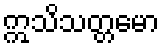
ဣသိသတ္တမော